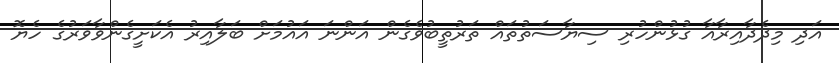
އަދި މިދެދާއިރާއާ ގުޅުންހުރި ސިޔާސަތުތައް ތަރުތީބުވެގެން އަންނަ އައުމަށް ބަލާއިރު އެކަށީގެންވާވަރުގެ ހެޔޮ